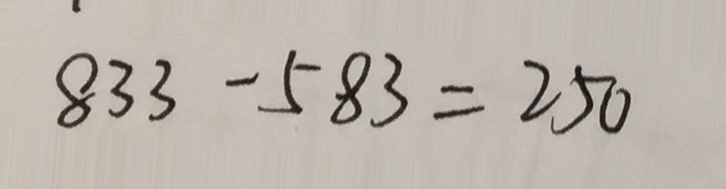
8 3 3 - 5 8 3 = 2 5 0